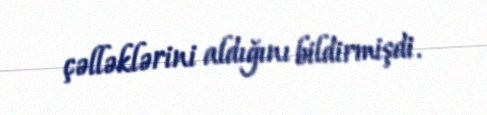
çəlləklərini aldığını bildirmişdi.